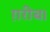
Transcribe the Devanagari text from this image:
ग़रीब।